Problem: 40 ÷ 5 = ?
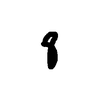
Handwritten answer: 8